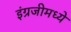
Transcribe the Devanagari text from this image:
इंग्रजीमध्‍ये